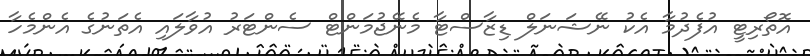
އޮތޯރިޓީ އުފެދުމާ އެކު ނޭޝަނަލް ޑިޒާސްޓާ މެނޭޖުމަންޓް ސެންޓަރު އުވާލައި އެތަނުގެ އެންމެހާ